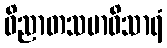
ဝိညာတသမာဓိသာရံ